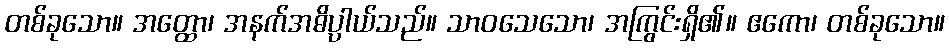
တစ်ခုသော။ အတ္ထော၊ အနက်အဓိပ္ပာယ်သည်။ သာဝသေသော၊ အကြွင်းရှိ၏။ ဧကော၊ တစ်ခုသော။